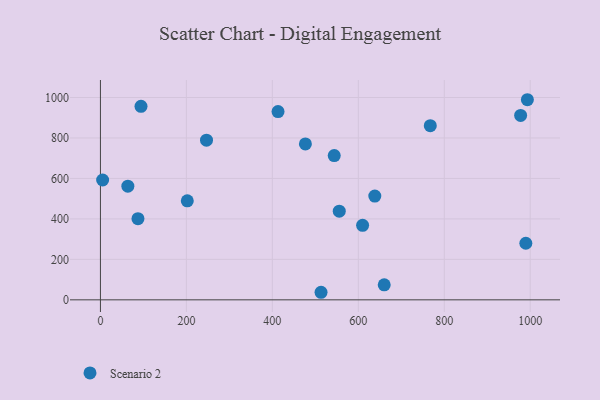
{"axis": {"x": "Engine Size", "y": "Fuel Efficiency"}, "legend": ["Scenario 2"], "data": [{"x": "767.5", "y": 860.8, "type": "Scenario 2"}, {"x": "660.3", "y": 74.3, "type": "Scenario 2"}, {"x": "63.8", "y": 561.7, "type": "Scenario 2"}, {"x": "246.8", "y": 789.3, "type": "Scenario 2"}, {"x": "610.0", "y": 368.2, "type": "Scenario 2"}, {"x": "476.9", "y": 770.5, "type": "Scenario 2"}, {"x": "638.4", "y": 512.9, "type": "Scenario 2"}, {"x": "94.4", "y": 956.6, "type": "Scenario 2"}, {"x": "544.0", "y": 713.2, "type": "Scenario 2"}, {"x": "413.2", "y": 930.5, "type": "Scenario 2"}, {"x": "993.4", "y": 989.0, "type": "Scenario 2"}, {"x": "989.8", "y": 279.8, "type": "Scenario 2"}, {"x": "87.3", "y": 401.2, "type": "Scenario 2"}, {"x": "555.7", "y": 438.4, "type": "Scenario 2"}, {"x": "202.1", "y": 489.5, "type": "Scenario 2"}, {"x": "977.7", "y": 911.5, "type": "Scenario 2"}, {"x": "5.1", "y": 592.2, "type": "Scenario 2"}, {"x": "513.3", "y": 37.4, "type": "Scenario 2"}]}